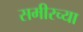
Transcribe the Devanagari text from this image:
समीरच्या